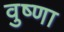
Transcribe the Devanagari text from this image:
वुष्णा